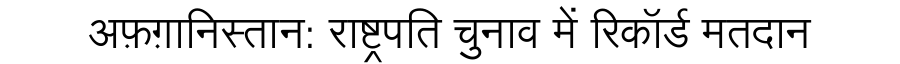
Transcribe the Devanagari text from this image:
अफ़ग़ानिस्तान: राष्ट्रपति चुनाव में रिकॉर्ड मतदान